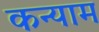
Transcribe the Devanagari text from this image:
कन्याम